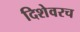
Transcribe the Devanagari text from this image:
दिशेवरच